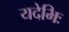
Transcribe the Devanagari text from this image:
यदेभिः